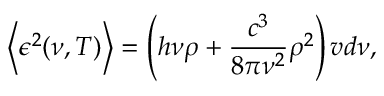
\left\langle \epsilon ^ { 2 } ( \nu , T ) \right\rangle = \left( h \nu \rho + { \frac { c ^ { 3 } } { 8 \pi \nu ^ { 2 } } } \rho ^ { 2 } \right) v d \nu ,